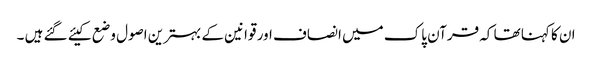
ان کا کہنا تھا کہ قرآن پاک میں انصاف اور قوانین کے بہترین اصول وضع کیئے گئے ہیں ۔